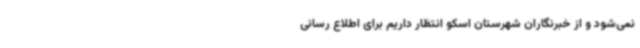
نمی‌شود و از خبرنگاران شهرستان اسکو انتظار داریم برای اطلاع رسانی